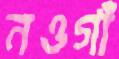
নওগাঁ